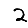
Digit: 2